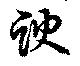
諛